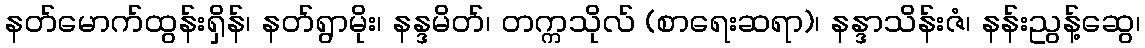
နတ်မောက်ထွန်းရှိန်၊ နတ်ရွာမိုး၊ နန္ဒမိတ်၊ တက္ကသိုလ် (စာရေးဆရာ)၊ နန္ဒာသိန်းဇံ၊ နန်းညွန့်ဆွေ၊